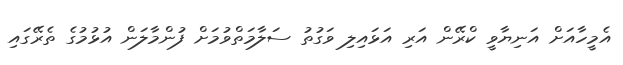
އެމީހާއަށް އަނިޔާވީ ކްރޭން އަރި އަޅައިލި ވަގުތު ސަލާމަތްވުމަށް ފުންމާލަން އުޅުމުގެ ތެރޭގައި